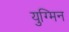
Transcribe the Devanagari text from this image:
युग्मिन